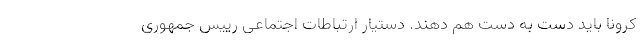
کرونا باید دست به دست هم دهند. دستیار ارتباطات اجتماعی رییس جمهوری